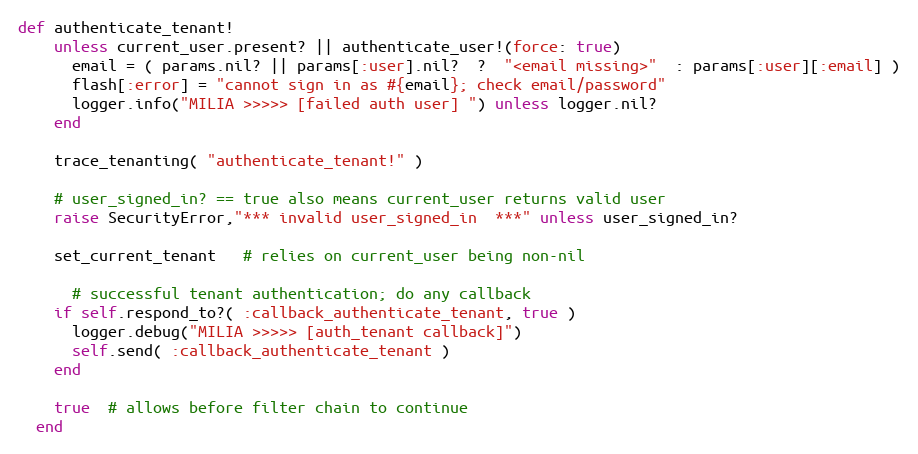
Language: Ruby
def authenticate_tenant!
    unless current_user.present? || authenticate_user!(force: true)
      email = ( params.nil? || params[:user].nil?  ?  "<email missing>"  : params[:user][:email] )
      flash[:error] = "cannot sign in as #{email}; check email/password"
      logger.info("MILIA >>>>> [failed auth user] ") unless logger.nil?
    end

    trace_tenanting( "authenticate_tenant!" )

    # user_signed_in? == true also means current_user returns valid user
    raise SecurityError,"*** invalid user_signed_in  ***" unless user_signed_in?

    set_current_tenant   # relies on current_user being non-nil

      # successful tenant authentication; do any callback
    if self.respond_to?( :callback_authenticate_tenant, true )
      logger.debug("MILIA >>>>> [auth_tenant callback]")
      self.send( :callback_authenticate_tenant )
    end

    true  # allows before filter chain to continue
  end